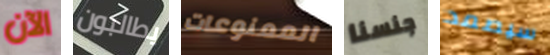
الآن يطالبون الممنوعات جنسنا سيصمد